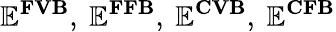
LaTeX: \mathbf{\mathbb{E}^{FVB}},~\mathbf{\mathbb{E}^{FFB}},~\mathbf{\mathbb{E}^{CVB}},~\mathbf{\mathbb{E}^{CFB}}